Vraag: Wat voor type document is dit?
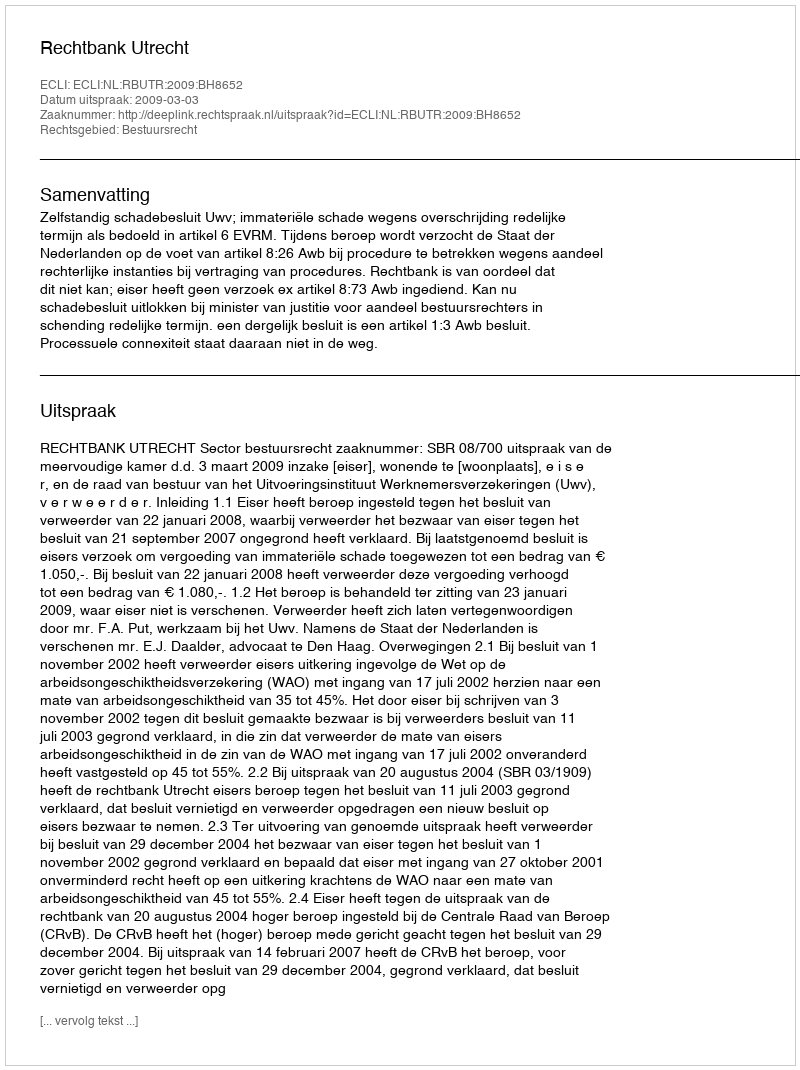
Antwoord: Uitspraak